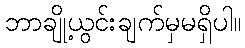
ဘာချို့ယွင်းချက်မှမရှိပါ။